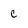
Character: C